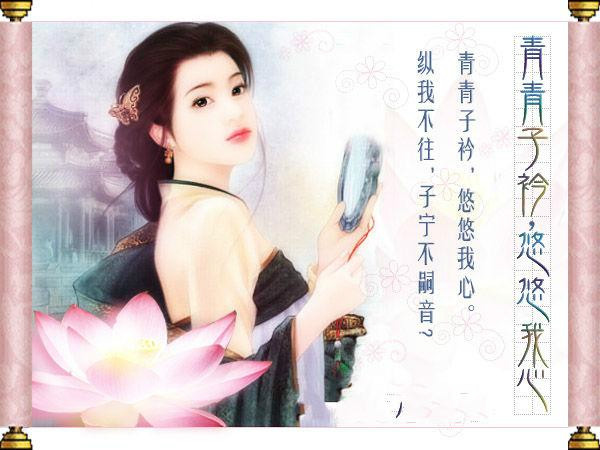
青青子衿，悠悠我心。